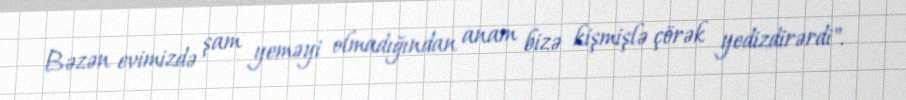
Bəzən evimizdə şam yeməyi olmadığından anam bizə kişmişlə çörək yedizdirərdi".